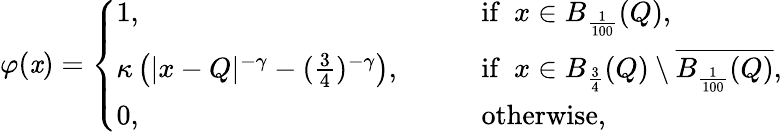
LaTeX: \varphi(\mathit{x})=\left\{ \begin{array}{ll}{1,\qquad}&{\mathrm{if}\, \, \, x\in B_{\frac{1}{100}}(Q),}\\ {\kappa\left(|x-Q|^{-\gamma}-(\frac{3}{4})^{-\gamma}\right),\qquad}&{\mathrm{if}\, \, \, x\in B_{\frac{3}{4}}(Q)\setminus\overline{{B_{\frac{1}{100}}(Q)}},}\\ {0,\qquad}&{\mathrm{otherwise},}\end{array}\right.